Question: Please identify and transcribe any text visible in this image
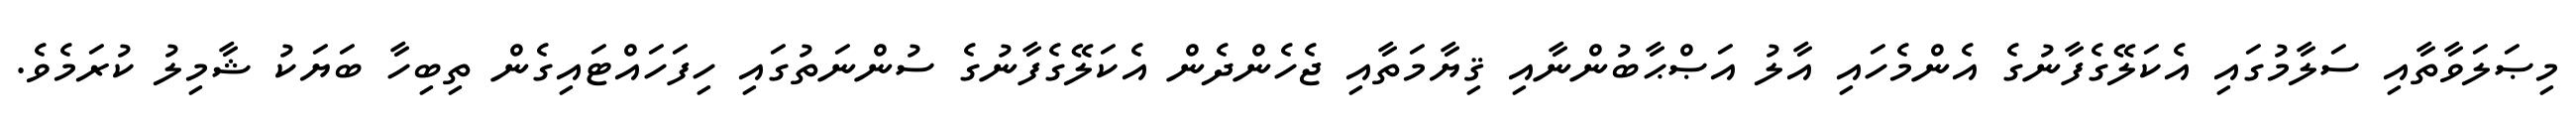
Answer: މިޞަލަވާތާއި ސަލާމުގައި އެކަލޭގެފާނުގެ އެންމެހައި އާލު އަޞްޙާބުންނާއި ޤިޔާމަތާއި ޖެހެންދެން އެކަލޭގެފާނުގެ ސުންނަތުގައި ހިފަހައްޓައިގެން ތިބިހާ ބަޔަކު ޝާމިލު ކުރަމެވެ.